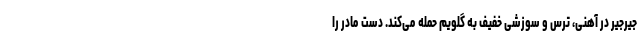
جیرجیر در آهنی، ترس و سوزشی خفیف به گلویم حمله می‌کند. دست مادر را